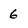
Character: 6